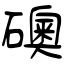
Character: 礇